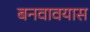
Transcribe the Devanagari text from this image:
बनवावयास